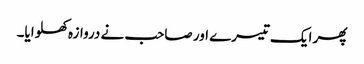
پھر ایک تیسرے اور صاحب نے دروازہ کھلوایا۔